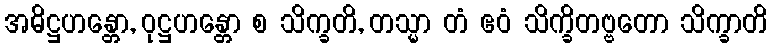
အဓိဋ္ဌဟန္တော, ဝုဋ္ဌဟန္တော စ သိက္ခတိ, တသ္မာ တံ ဧဝံ သိက္ခိတဗ္ဗတော သိက္ခာတိ